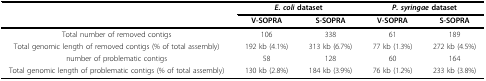
<table><thead><tr><td></td><td colspan="2"><b><i>E. coli </i>dataset</b></td><td colspan="2"><b><i>P. syringae </i>dataset</b></td></tr><tr><td></td><td><b>V-SOPRA</b></td><td><b>S-SOPRA</b></td><td><b>V-SOPRA</b></td><td><b>S-SOPRA</b></td></tr></thead><tbody><tr><td>Total number of removed contigs</td><td>106</td><td>338</td><td>61</td><td>189</td></tr><tr><td>Total genomic length of removed contigs (% of total assembly)</td><td>192 kb (4.1%)</td><td>313 kb (6.7%)</td><td>77 kb (1.3%)</td><td>272 kb (4.5%)</td></tr><tr><td>number of problematic contigs</td><td>58</td><td>128</td><td>60</td><td>164</td></tr><tr><td>Total genomic length of problematic contigs (% of total assembly)</td><td>130 kb (2.8%)</td><td>184 kb (3.9%)</td><td>76 kb (1.2%)</td><td>233 kb (3.8%)</td></tr></tbody></table>